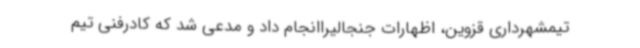
تیمشهرداری قزوین، اظهارات جنجالیراانجام داد و مدعی شد که کادرفنی تیم